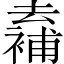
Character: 𠬖